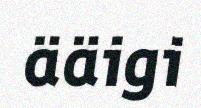
ääigi